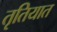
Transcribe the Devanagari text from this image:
तृतियात